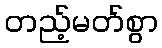
တည့်မတ်စွာ